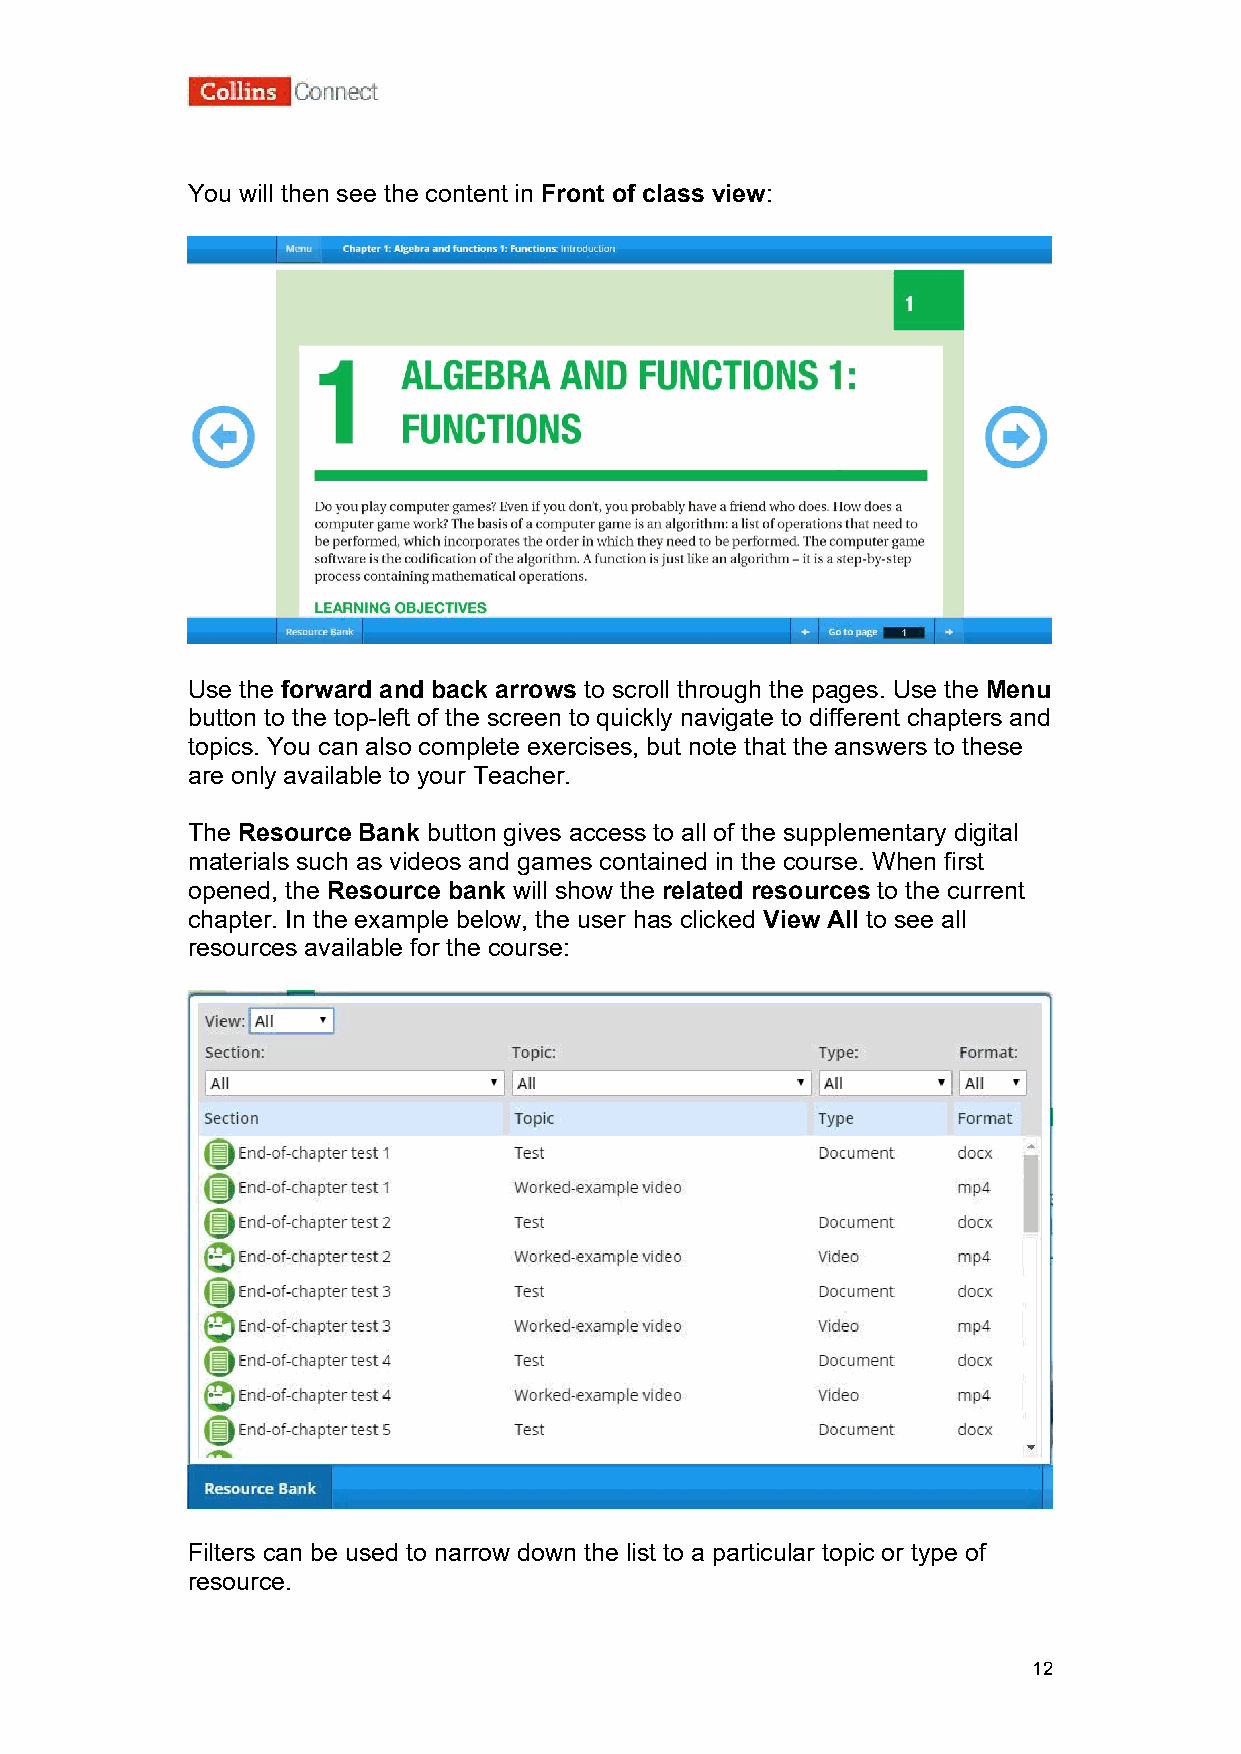
You will then see the content in Front of class view:
 Use the forward and back arrows to scroll through the pages. Use the Menu
 button to the top-left of the screen to quickly navigate to different chapters and
 topics. You can also complete exercises, but note that the answers to these
 are only available to your Teacher.
 The Resource Bank button gives access to all of the supplementary digital
 materials such as videos and games contained in the course. When first
 opened, the Resource bank will show the related resources to the current
 chapter. In the example below, the user has clicked View All to see all
 resources available for the course:
 Filters can be used to narrow down the list to a particular topic or type of
 resource.
 12